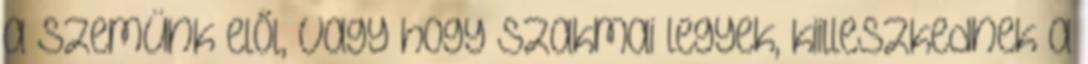
a szemünk elől, vagy hogy szakmai legyek, kiilleszkednek a